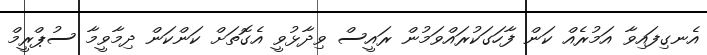
އެނގިފައިވާ އަމުރެއް ކަން ފާހަގަކުރައްވަމުން ރައީސް ވިދާޅުވީ އެގޮތަށް ކަންކަން ދިމާވީމާ ސުޕްރީމް